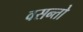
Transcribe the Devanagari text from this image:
वसन्तो